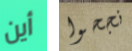
أين نجحوا